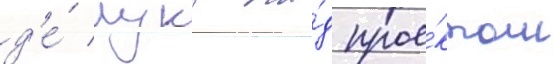
д'е́ лука на́д прое́ктом